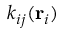
k _ { i j } ( \mathbf { r } _ { i } )